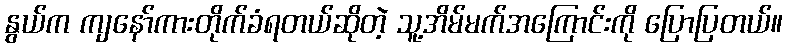
နွယ်က ကျနော်ကားတိုက်ခံရတယ်ဆိုတဲ့ သူ့အိမ်မက်အကြောင်းကို ပြောပြတယ်။